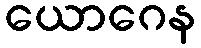
ယောဂေန